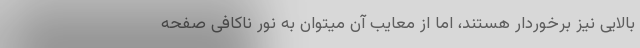
بالایی نیز برخوردار هستند، اما از معایب آن میتوان به نور ناکافی صفحه